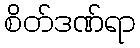
စိတ်ဒဏ်ရာ